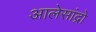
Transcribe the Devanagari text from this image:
आलेसांद्रो